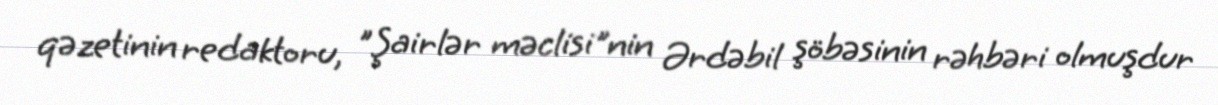
qəzetinin redaktoru, "Şairlər məclisi"nin Ərdəbil şöbəsinin rəhbəri olmuşdur